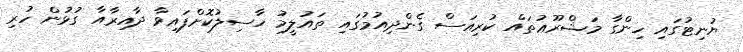
ޔުނިޓުގައި ހިންގާ މަޝްރޫޢުތައް ކުރިއަސް ގެންދިއުމުގައި ތައުލީމު ހާސިލުކޮށްފައިވާ ދާއިރާއާ ގުޅުން ހުރި